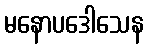
မနောပဒေါသေန